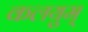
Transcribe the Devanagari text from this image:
कलयुम्